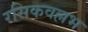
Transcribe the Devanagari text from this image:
रसिकवल्लभ